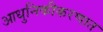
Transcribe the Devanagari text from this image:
आधुनिकीकरणात